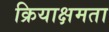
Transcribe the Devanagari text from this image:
क्रियाक्षमता